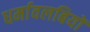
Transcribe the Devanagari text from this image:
धर्मावलबियों